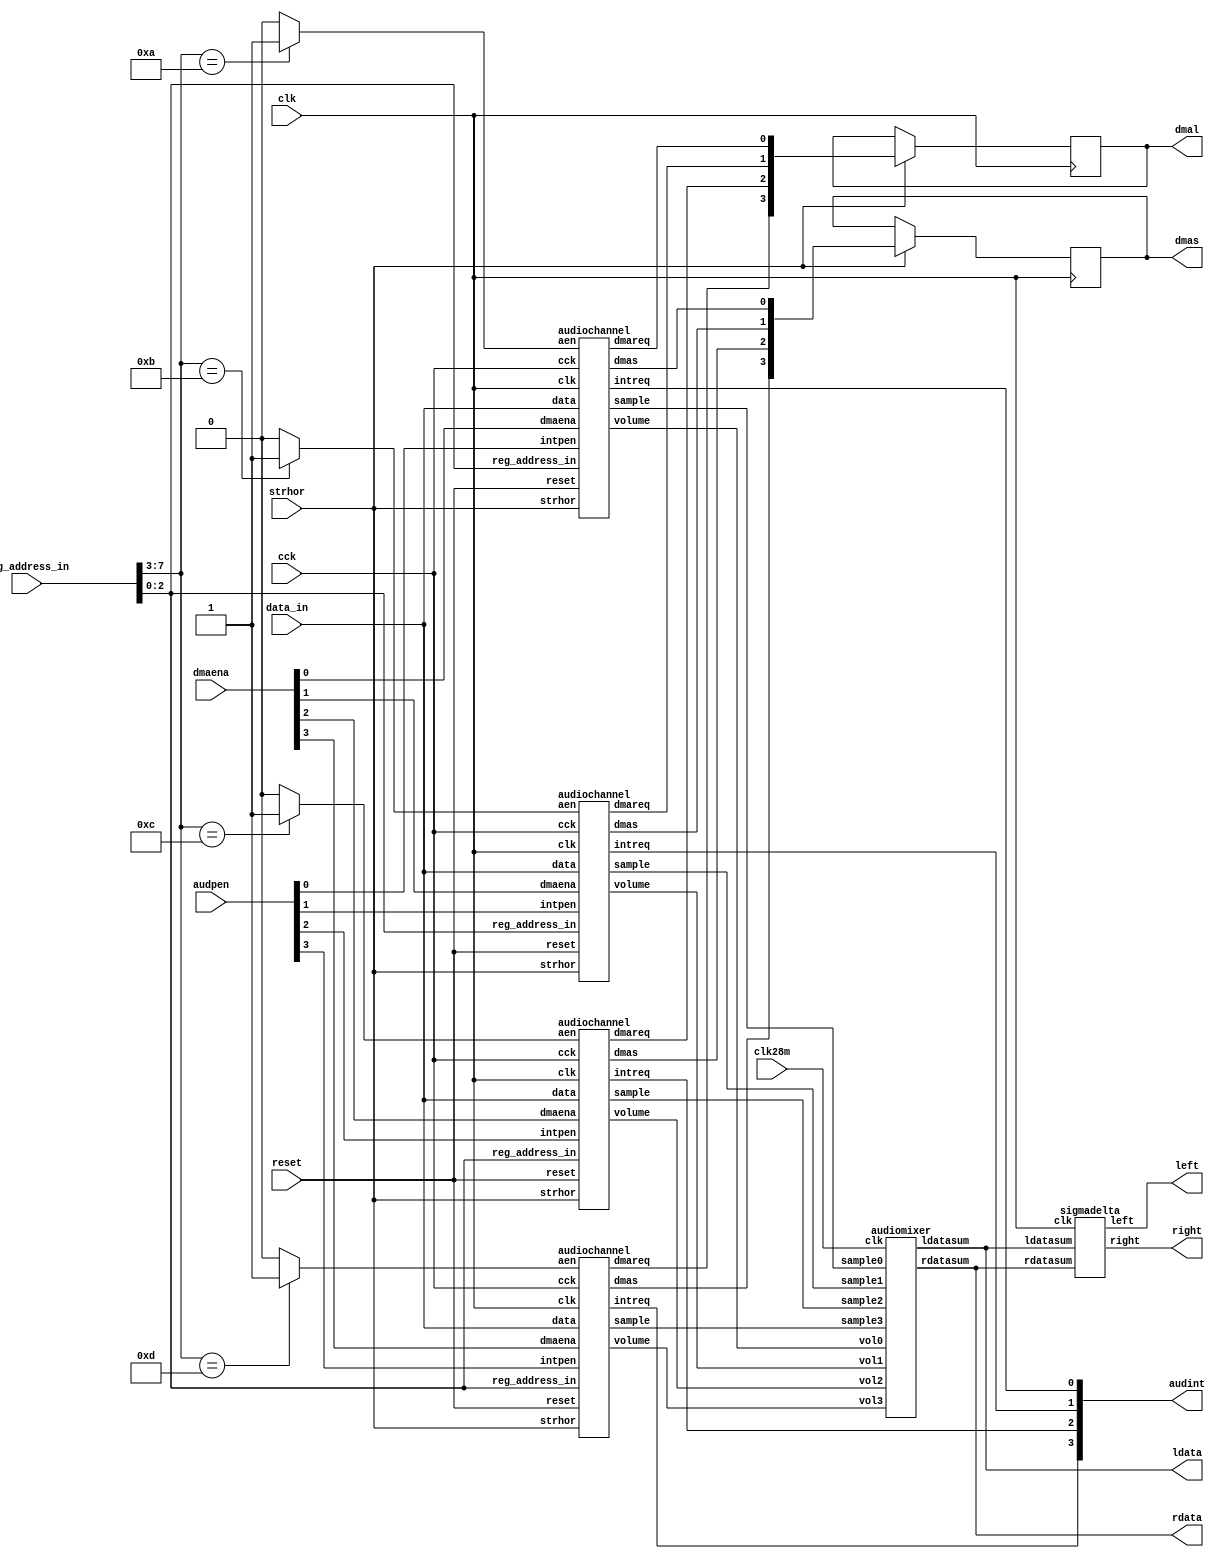
// This program was cloned from: https://github.com/rkrajnc/minimig-de1
// License: GNU General Public License v3.0

// Copyright 2006, 2007 Dennis van Weeren
//
// This file is part of Minimig
//
// Minimig is free software; you can redistribute it and/or modify
// it under the terms of the GNU General Public License as published by
// the Free Software Foundation; either version 3 of the License, or
// (at your option) any later version.
//
// Minimig is distributed in the hope that it will be useful,
// but WITHOUT ANY WARRANTY; without even the implied warranty of
// MERCHANTABILITY or FITNESS FOR A PARTICULAR PURPOSE.  See the
// GNU General Public License for more details.
//
// You should have received a copy of the GNU General Public License
// along with this program.  If not, see <http://www.gnu.org/licenses/>.
//
//
//
// This is the audio part of Paula
//
// 27-12-2005	- started coding
// 28-12-2005	- done lots of work
// 29-12-2005	- done lots of work
// 01-01-2006	- we are having OK sound in dma mode now
// 02-01-2006	- fixed last state
// 03-01-2006	- added dmas to avoid interference with copper cycles
// 04-01-2006	- experimented with DAC
// 06-01-2006	- experimented some more with DAC and decided to leave it as it is for now
// 07-01-2006	- cleaned up code
// 21-02-2006	- improved audio state machine
// 22-02-2006	- fixed dma interrupt timing, Turrican-3 theme now plays correct!
//
// -- JB --
// 2008-10-12	- code clean-up
// 2008-12-20	- changed DMA slot allocation
// 2009-03-08	- horbeam removed
//				- strhor signal added (cures problems with freezing of some games)
//				- corrupted Agony title song
// 2009-03-17	- audio FSM rewritten to comply more exactly with HRM state diagram, Agony still has problems
// 2009-03-26	- audio dma requests are latched and cleared at the start of every scan line, seemd to cure Agony problem
//				- Forgotten Worlds freezes at game intro screen due to missed audio irq
// 2009-05-24	- clean-up & renaming
// 2009-11-14 - modified audio state machine to be more cycle-exact with its real counterpart
//        - sigma-delta modulator is clocked at 28 MHz
// 2010-06-15 - updated description

// Paula requests data from Agnus using DMAL line (high active state)
// DMAL time slot allocation (relative to first refresh slot referenced as $00):
// $03,$05,$07 - all these slots are active when disk dma is inactive or write operation is in progress
// $04 - at least 3 words to read / at least 1 word  to write (transfer in $08)
// $06 - at least 2 words to read / at least 2 words to write (transfer in $0A)
// $08 - at least 1 word  to read / at least 3 words to write (transfer in $0C)
// $09 - audio channel #0 location pointer reload request (active with data request) 
// $0A - audio channle #0 dma data request (data transfered in slot $0E)
// $0B - audio channel #1 location pointer reload request (active with data request) 
// $0C - audio channle #1 dma data request (data transfered in slot $10)
// $0D - audio channel #2 location pointer reload request (active with data request) 
// $0E - audio channle #2 dma data request (data transfered in slot $12)
// $0F - audio channel #3 location pointer reload request (active with data request) 
// $10 - audio channle #3 dma data request (data transfered in slot $14)
// minimum sampling period for audio channels in CCKs (no length reload)
// #0 : 121 (120) 
// #1 : 122 (121)
// #2 : 123 (122)
// #3 : 124 (123)

// SB:
// 2011-01-18 - fixed sound output, no more high pitch noise at game Gods

// RK:
// 2012-11-11 - two-stage sigma-delta modulator added
// 2013-02-10 - two stage sigma-delta updated:
//  - used AMR's silence fix
//  - added interpolator at sigma-delta input
//  - all bits of the x3/4 input signal are used, dithering removed
//  - two LFSR PRNGs are combined and high-pass filtered for a HP triangular PDF noise
//  - random noise is applied directly in front of the quantizer, which helps randomize the output stream
//  - some noise shaping (filtering) added to the error feedback signal


module audio
(
	input 	clk,		    		//bus clock
  input clk28m,
	input 	cck,		    		//colour clock enable
	input 	reset,			   		//reset 
	input	strhor,					//horizontal strobe
	input 	[8:1] reg_address_in,	//register address input
	input	[15:0] data_in,			//bus data in
	input	[3:0] dmaena,			//audio dma register input
	output	[3:0] audint,			//audio interrupt request
	input	[3:0] audpen,			//audio interrupt pending
	output	reg [3:0] dmal,			//dma request 
	output	reg [3:0] dmas,			//dma special 
	output	left,					//audio bitstream out left
	output	right,					//audio bitstream out right
	output	[14:0]ldata,		//left DAC data
	output	[14:0]rdata 		//right DAC data
);

//register names and addresses
parameter	AUD0BASE = 9'h0a0;
parameter	AUD1BASE = 9'h0b0;
parameter	AUD2BASE = 9'h0c0;
parameter	AUD3BASE = 9'h0d0;

//local signals 
wire	[3:0] aen;			//address enable 0-3
wire	[3:0] dmareq;		//dma request 0-3
wire	[3:0] dmaspc;		//dma restart 0-3
wire	[7:0] sample0;		//channel 0 audio sample 
wire	[7:0] sample1;		//channel 1 audio sample 
wire	[7:0] sample2;		//channel 2 audio sample 
wire	[7:0] sample3;		//channel 3 audio sample 
wire	[6:0] vol0;			//channel 0 volume 
wire	[6:0] vol1;			//channel 1 volume 
wire	[6:0] vol2;			//channel 2 volume 
wire	[6:0] vol3;			//channel 3 volume 
wire  [15:0] ldatasum;
wire  [15:0] rdatasum;

//--------------------------------------------------------------------------------------

//address decoder
assign aen[0] = (reg_address_in[8:4]==AUD0BASE[8:4]) ? 1'b1 : 1'b0;
assign aen[1] = (reg_address_in[8:4]==AUD1BASE[8:4]) ? 1'b1 : 1'b0;
assign aen[2] = (reg_address_in[8:4]==AUD2BASE[8:4]) ? 1'b1 : 1'b0;
assign aen[3] = (reg_address_in[8:4]==AUD3BASE[8:4]) ? 1'b1 : 1'b0;

//--------------------------------------------------------------------------------------

//DMA slot allocation is managed by Agnus 
//#0 : 0E
//#1 : 10
//#2 : 12
//#3 : 14

always @(posedge clk)
	if (strhor)
	begin
		dmal <= (dmareq);
		dmas <= (dmaspc);
	end
		
//--------------------------------------------------------------------------------------

//instantiate audio channel 0
audiochannel ach0
(
	.clk(clk),
	.reset(reset),
	.cck(cck),
	.aen(aen[0]),
	.dmaena(dmaena[0]),
	.reg_address_in(reg_address_in[3:1]),
	.data(data_in),
	.volume(vol0),
	.sample(sample0),
	.intreq(audint[0]),
	.intpen(audpen[0]),
	.dmareq(dmareq[0]),
	.dmas(dmaspc[0]),
	.strhor(strhor)
);

//instantiate audio channel 1
audiochannel ach1
(
	.clk(clk),
	.reset(reset),
	.cck(cck),
	.aen(aen[1]),
	.dmaena(dmaena[1]),
	.reg_address_in(reg_address_in[3:1]),
	.data(data_in),
	.volume(vol1),
	.sample(sample1),
	.intreq(audint[1]),
	.intpen(audpen[1]),
	.dmareq(dmareq[1]),
	.dmas(dmaspc[1]),
	.strhor(strhor)
);

//instantiate audio channel 2
audiochannel ach2 
(	
	.clk(clk),
	.reset(reset),
	.cck(cck),
	.aen(aen[2]),
	.dmaena(dmaena[2]),
	.reg_address_in(reg_address_in[3:1]),
	.data(data_in),
	.volume(vol2),
	.sample(sample2),
	.intreq(audint[2]),
	.intpen(audpen[2]),
	.dmareq(dmareq[2]),
	.dmas(dmaspc[2]),
	.strhor(strhor)	
);

//instantiate audio channel 3
audiochannel ach3
(		
	.clk(clk),
	.reset(reset),
	.cck(cck),
	.aen(aen[3]),
	.dmaena(dmaena[3]),
	.reg_address_in(reg_address_in[3:1]),
	.data(data_in),
	.volume(vol3),
	.sample(sample3),
	.intreq(audint[3]),
	.intpen(audpen[3]),
	.dmareq(dmareq[3]),
	.dmas(dmaspc[3]),
	.strhor(strhor)
);


//--------------------------------------------------------------------------------------

// instantiate mixer
audiomixer mix (
  .clk      (clk28m),
  .sample0  (sample0),
  .sample1  (sample1),
  .sample2  (sample2),
  .sample3  (sample3),
  .vol0     (vol0),
  .vol1     (vol1),
  .vol2     (vol2),
  .vol3     (vol3),
  .ldatasum (ldata),
  .rdatasum (rdata)
);


//--------------------------------------------------------------------------------------

//instantiate sigma/delta modulator
sigmadelta dac
(
  .clk(clk),
  .ldatasum(ldata),
  .rdatasum(rdata),
  .left(left),
  .right(right)
);


//--------------------------------------------------------------------------------------

endmodule

//--------------------------------------------------------------------------------------




//--------------------------------------------------------------------------------------

// stereo volume control
// channel 1&2 --> left
// channel 0&3 --> right
module audiomixer (
	input 	clk,				//bus clock
	input	[7:0] sample0,		//sample 0 input
	input	[7:0] sample1,		//sample 1 input
	input	[7:0] sample2,		//sample 2 input
	input	[7:0] sample3,		//sample 3 input
	input	[6:0] vol0,			//volume 0 input
	input	[6:0] vol1,			//volume 1 input
	input	[6:0] vol2,			//volume 2 input
	input	[6:0] vol3,			//volume 3 input
	output reg	[14:0]ldatasum,		//left DAC data
	output reg	[14:0]rdatasum		//right DAC data
);

// volume control
wire [14-1:0] msample0, msample1, msample2, msample3;
// when volume MSB is set, volume is always maximum
svmul sv0
(
	.sample(sample0),
	.volume({	(vol0[6] | vol0[5]),
				    (vol0[6] | vol0[4]),
				    (vol0[6] | vol0[3]),
				    (vol0[6] | vol0[2]),
				    (vol0[6] | vol0[1]),
				    (vol0[6] | vol0[0]) }),
	.out(msample0)
);

svmul sv1
(
	.sample(sample1),
	.volume({	(vol1[6] | vol1[5]),
				    (vol1[6] | vol1[4]),
				    (vol1[6] | vol1[3]),
				    (vol1[6] | vol1[2]),
				    (vol1[6] | vol1[1]),
				    (vol1[6] | vol1[0]) }),
	.out(msample1)
);

svmul sv2
(
	.sample(sample2),
	.volume({	(vol2[6] | vol2[5]),
				    (vol2[6] | vol2[4]),
				    (vol2[6] | vol2[3]),
				    (vol2[6] | vol2[2]),
				    (vol2[6] | vol2[1]),
				    (vol2[6] | vol2[0]) }),
	.out(msample2)
);

svmul sv3
(
	.sample(sample3),
	.volume({	(vol3[6] | vol3[5]),
				    (vol3[6] | vol3[4]),
				    (vol3[6] | vol3[3]),
				    (vol3[6] | vol3[2]),
				    (vol3[6] | vol3[1]),
				    (vol3[6] | vol3[0]) }),
	.out(msample3)
);


// channel muxing
always @ (posedge clk) begin
  ldatasum <= #1 {msample1[13], msample1} + {msample2[13], msample2};
  rdatasum <= #1 {msample0[13], msample0} + {msample3[13], msample3};
end

endmodule


//--------------------------------------------------------------------------------------

// audio data processing
// stereo sigma/delta bitstream modulator
module sigmadelta
(
	input 	clk,				//bus clock
	input	[14:0] ldatasum,			// left channel data
	input	[14:0] rdatasum,			// right channel data
	output	reg left=0,				//left bitstream output
	output	reg right=0				//right bitsteam output
);

//--------------------------------------------------------------------------------------

// local signals
localparam DW = 15;
localparam CW = 2;
localparam RW  = 4;
localparam A1W = 2;
localparam A2W = 5;

wire [DW+2+0  -1:0] sd_l_er0, sd_r_er0;
reg  [DW+2+0  -1:0] sd_l_er0_prev=0, sd_r_er0_prev=0;
wire [DW+A1W+2-1:0] sd_l_aca1,  sd_r_aca1;
wire [DW+A2W+2-1:0] sd_l_aca2,  sd_r_aca2;
reg  [DW+A1W+2-1:0] sd_l_ac1=0, sd_r_ac1=0;
reg  [DW+A2W+2-1:0] sd_l_ac2=0, sd_r_ac2=0;
wire [DW+A2W+3-1:0] sd_l_quant, sd_r_quant;

// LPF noise LFSR
reg [24-1:0] seed1 = 24'h654321;
reg [19-1:0] seed2 = 19'h12345;
reg [24-1:0] seed_sum=0, seed_prev=0, seed_out=0;
always @ (posedge clk) begin
  if (&seed1)
    seed1 <= #1 24'h654321;
  else
    seed1 <= #1 {seed1[22:0], ~(seed1[23] ^ seed1[22] ^ seed1[21] ^ seed1[16])};
end
always @ (posedge clk) begin
  if (&seed2)
    seed2 <= #1 19'h12345;
  else
    seed2 <= #1 {seed2[17:0], ~(seed2[18] ^ seed2[17] ^ seed2[16] ^ seed2[13] ^ seed2[0])};
end
always @ (posedge clk) begin
  seed_sum  <= #1 seed1 + {5'b0, seed2};
  seed_prev <= #1 seed_sum;
  seed_out  <= #1 seed_sum - seed_prev;
end

// linear interpolate
localparam ID=4; // counter size, also 2^ID = interpolation rate
reg  [ID+0-1:0] int_cnt = 0;
always @ (posedge clk) int_cnt <= #1 int_cnt + 'd1;

reg  [DW+0-1:0] ldata_cur=0, ldata_prev=0;
reg  [DW+0-1:0] rdata_cur=0, rdata_prev=0;
wire [DW+1-1:0] ldata_step, rdata_step;
reg  [DW+ID-1:0] ldata_int=0, rdata_int=0;
wire [DW+0-1:0] ldata_int_out, rdata_int_out;
assign ldata_step = {ldata_cur[DW-1], ldata_cur} - {ldata_prev[DW-1], ldata_prev}; // signed subtract
assign rdata_step = {rdata_cur[DW-1], rdata_cur} - {rdata_prev[DW-1], rdata_prev}; // signed subtract
always @ (posedge clk) begin
  if (~|int_cnt) begin
    ldata_prev <= #1 ldata_cur;
    ldata_cur  <= #1 ldatasum; //{~ldatasum[DW-1], ldatasum[DW-2:0]}; // convert to offset binary, samples no longer signed!
    rdata_prev <= #1 rdata_cur;
    rdata_cur  <= #1 rdatasum; //{~rdatasum[DW-1], rdatasum[DW-2:0]}; // convert to offset binary, samples no longer signed!
    ldata_int  <= #1 {ldata_cur[DW-1], ldata_cur, {ID{1'b0}}};
    rdata_int  <= #1 {rdata_cur[DW-1], rdata_cur, {ID{1'b0}}};
  end else begin
    ldata_int  <= #1 ldata_int + {{ID{ldata_step[DW+1-1]}}, ldata_step};
    rdata_int  <= #1 rdata_int + {{ID{rdata_step[DW+1-1]}}, rdata_step};
  end
end
assign ldata_int_out = ldata_int[DW+ID-1:ID];
assign rdata_int_out = rdata_int[DW+ID-1:ID];

// input gain x3
wire [DW+2-1:0] ldata_gain, rdata_gain;
assign ldata_gain = {ldata_int_out[DW-1], ldata_int_out, 1'b0} + {{(2){ldata_int_out[DW-1]}}, ldata_int_out};
assign rdata_gain = {rdata_int_out[DW-1], rdata_int_out, 1'b0} + {{(2){rdata_int_out[DW-1]}}, rdata_int_out};

/*
// random dither to 15 bits
reg [DW-1:0] ldata=0, rdata=0;
always @ (posedge clk) begin
  ldata <= #1 ldata_gain[DW+2-1:2] + ( (~(&ldata_gain[DW+2-1-1:2]) && (ldata_gain[1:0] > seed_out[1:0])) ? 15'd1 : 15'd0 );
  rdata <= #1 rdata_gain[DW+2-1:2] + ( (~(&ldata_gain[DW+2-1-1:2]) && (ldata_gain[1:0] > seed_out[1:0])) ? 15'd1 : 15'd0 );
end
*/

// accumulator adders
assign sd_l_aca1 = {{(A1W){ldata_gain[DW+2-1]}}, ldata_gain} - {{(A1W){sd_l_er0[DW+2-1]}}, sd_l_er0} + sd_l_ac1;
assign sd_r_aca1 = {{(A1W){rdata_gain[DW+2-1]}}, rdata_gain} - {{(A1W){sd_r_er0[DW+2-1]}}, sd_r_er0} + sd_r_ac1;

assign sd_l_aca2 = {{(A2W-A1W){sd_l_aca1[DW+A1W+2-1]}}, sd_l_aca1} - {{(A2W){sd_l_er0[DW+2-1]}}, sd_l_er0} - {{(A2W+1){sd_l_er0_prev[DW+2-1]}}, sd_l_er0_prev[DW+2-1:1]} + sd_l_ac2;
assign sd_r_aca2 = {{(A2W-A1W){sd_r_aca1[DW+A1W+2-1]}}, sd_r_aca1} - {{(A2W){sd_r_er0[DW+2-1]}}, sd_r_er0} - {{(A2W+1){sd_r_er0_prev[DW+2-1]}}, sd_r_er0_prev[DW+2-1:1]} + sd_r_ac2;

// accumulators
always @ (posedge clk) begin
  sd_l_ac1 <= #1 sd_l_aca1;
  sd_r_ac1 <= #1 sd_r_aca1;
  sd_l_ac2 <= #1 sd_l_aca2;
  sd_r_ac2 <= #1 sd_r_aca2;
end

// value for quantizaton
assign sd_l_quant = {sd_l_ac2[DW+A2W+2-1], sd_l_ac2} + {{(DW+A2W+3-RW){seed_out[RW-1]}}, seed_out[RW-1:0]};
assign sd_r_quant = {sd_r_ac2[DW+A2W+2-1], sd_r_ac2} + {{(DW+A2W+3-RW){seed_out[RW-1]}}, seed_out[RW-1:0]};

// error feedback
assign sd_l_er0 = sd_l_quant[DW+A2W+3-1] ? {1'b1, {(DW+2-1){1'b0}}} : {1'b0, {(DW+2-1){1'b1}}};
assign sd_r_er0 = sd_r_quant[DW+A2W+3-1] ? {1'b1, {(DW+2-1){1'b0}}} : {1'b0, {(DW+2-1){1'b1}}};
always @ (posedge clk) begin
  sd_l_er0_prev <= #1 (&sd_l_er0) ? sd_l_er0 : sd_l_er0+1;
  sd_r_er0_prev <= #1 (&sd_r_er0) ? sd_r_er0 : sd_r_er0+1;
end

// output
always @ (posedge clk) begin
  left  <= #1 (~|ldata_gain) ? ~left  : ~sd_l_er0[DW+2-1];
  right <= #1 (~|rdata_gain) ? ~right : ~sd_r_er0[DW+2-1];
end

endmodule


//--------------------------------------------------------------------------------------
//--------------------------------------------------------------------------------------
//--------------------------------------------------------------------------------------

//this module multiplies a signed 8 bit sample with an unsigned 6 bit volume setting
//it produces a 14bit signed result
module svmul
(
	input 	[7:0] sample,		//signed sample input
	input	[5:0] volume,		//unsigned volume input
	output	[13:0] out			//signed product out
);

wire	[13:0] sesample;   		//sign extended sample
wire	[13:0] sevolume;		//sign extended volume

//sign extend input parameters
assign 	sesample[13:0] = {{6{sample[7]}},sample[7:0]};
assign	sevolume[13:0] = {8'b00000000,volume[5:0]};

//multiply, synthesizer should infer multiplier here
assign out[13:0] = {sesample[13:0] * sevolume[13:0]};

endmodule

//--------------------------------------------------------------------------------------
//--------------------------------------------------------------------------------------
//--------------------------------------------------------------------------------------

//This module handles a single amiga audio channel. attached modes are not supported
module audiochannel
(
	input 	clk,					//bus clock	
	input 	reset,		    		//reset
	input	cck,					//colour clock enable
	input	aen,					//address enable
	input	dmaena,					//dma enable
	input	[3:1] reg_address_in,		//register address input
	input 	[15:0] data, 			//bus data input
	output	[6:0] volume,			//channel volume output
	output	[7:0] sample,			//channel sample output
	output	intreq,					//interrupt request
	input	intpen,					//interrupt pending input
	output	reg dmareq,				//dma request
	output	reg dmas,				//dma special (restart)
	input	strhor					//horizontal strobe
);

//register names and addresses
parameter	AUDLEN = 4'h4;
parameter	AUDPER = 4'h6;
parameter	AUDVOL = 4'h8;
parameter	AUDDAT = 4'ha;

//local signals
reg		[15:0] audlen;			//audio length register
reg		[15:0] audper;			//audio period register
reg		[6:0] audvol;			//audio volume register
reg		[15:0] auddat;			//audio data register

reg		[15:0] datbuf;			//audio data buffer
reg		[2:0] audio_state;		//audio current state
reg		[2:0] audio_next;	 	//audio next state

wire	datwrite;				//data register is written
reg		volcntrld;				//not used

reg		pbufld1;				//load output sample from sample buffer

reg		[15:0] percnt;			//audio period counter
reg		percount;				//decrease period counter
reg		percntrld;				//reload period counter
wire	perfin;					//period counter expired

reg		[15:0] lencnt;			//audio length counter
reg		lencount;				//decrease length counter
reg		lencntrld;				//reload length counter
wire	lenfin;					//length counter expired

reg 	AUDxDAT;				//audio data buffer was written
wire	AUDxON;					//audio DMA channel is enabled
reg		AUDxDR;					//audio DMA request
reg		AUDxIR;					//audio interrupt request
wire	AUDxIP;					//audio interrupt is pending

reg		intreq2_set;
reg		intreq2_clr;
reg		intreq2;				//buffered interrupt request

reg		dmasen;					//pointer register reloading request
reg		penhi;					//enable high byte of sample buffer

reg silence;  // AMR: disable audio if repeat length is 1
reg silence_d;  // AMR: disable audio if repeat length is 1
reg dmaena_d;

//--------------------------------------------------------------------------------------
 
//length register bus write
always @(posedge clk)
	if (reset)
		audlen[15:0] <= 16'h00_00;
	else if (aen && (reg_address_in[3:1]==AUDLEN[3:1]))
		audlen[15:0] <= data[15:0];

//period register bus write
always @(posedge clk)
	if (reset)
		audper[15:0] <= 16'h00_00;
	else if (aen && (reg_address_in[3:1]==AUDPER[3:1]))
		audper[15:0] <= data[15:0];

//volume register bus write
always @(posedge clk)
	if (reset)
		audvol[6:0] <= 7'b000_0000;
	else if (aen && (reg_address_in[3:1]==AUDVOL[3:1]))
		audvol[6:0] <= data[6:0];

//data register strobe
assign datwrite = (aen && (reg_address_in[3:1]==AUDDAT[3:1])) ? 1'b1 : 1'b0;

//data register bus write
always @(posedge clk)
	if (reset)
		auddat[15:0] <= 16'h00_00;
	else if (datwrite)
		auddat[15:0] <= data[15:0];

always @(posedge clk)
	if (datwrite)
		AUDxDAT <= 1'b1;
	else if (cck)
		AUDxDAT <= 1'b0;
	
//--------------------------------------------------------------------------------------

assign	AUDxON = dmaena;	//dma enable

assign	AUDxIP = intpen;	//audio interrupt pending

assign intreq = AUDxIR;		//audio interrupt request
	
//--------------------------------------------------------------------------------------

//period counter 
always @(posedge clk)
	if (percntrld && cck)//load period counter from audio period register
		percnt[15:0] <= audper[15:0];
	else if (percount && cck)//period counter count down
		percnt[15:0] <= percnt[15:0] - 16'd1;
		
assign perfin = (percnt[15:0]==1 && cck) ? 1'b1 : 1'b0;

//length counter 
always @(posedge clk)
  begin
    if (lencntrld && cck)//load length counter from audio length register
    begin
      lencnt[15:0] <= (audlen[15:0]);
      silence<=1'b0;
      if(audlen==1 || audlen==0)
        silence<=1'b1;
    end
    else if (lencount && cck)//length counter count down
      lencnt[15:0] <= (lencnt[15:0] - 1);

    // Silence fix
    dmaena_d<=dmaena;
    if(dmaena_d==1'b1 && dmaena==1'b0)
    begin
      silence_d<=1'b1; // Prevent next write from unsilencing the channel.
      silence<=1'b1;
    end
    if(AUDxDAT && cck)  // Unsilence the channel if the CPU writes to AUDxDAT
      if(silence_d)
        silence_d<=1'b0;
      else
        silence<=1'b0;
      
  end
	
assign lenfin = (lencnt[15:0]==1 && cck) ? 1'b1 : 1'b0;

//--------------------------------------------------------------------------------------

//audio buffer
always @(posedge clk)
	if (reset)
		datbuf[15:0] <= 16'h00_00;
	else if (pbufld1 && cck)
		datbuf[15:0] <= auddat[15:0];

//assign sample[7:0] = penhi ? datbuf[15:8] : datbuf[7:0];
assign sample[7:0] = silence ? 8'b0 : (penhi ? datbuf[15:8] : datbuf[7:0]);

//volume output
assign volume[6:0] = audvol[6:0];

//--------------------------------------------------------------------------------------

//dma request logic
always @(posedge clk)
begin
	if (reset)
	begin
		dmareq <= 1'b0;
		dmas <= 1'b0;
	end
	else if (AUDxDR && cck)
	begin
		dmareq <= 1'b1;
		dmas <= dmasen | lenfin;
	end
	else if (strhor) //dma request are cleared when transfered to Agnus
	begin
		dmareq <= 1'b0;
		dmas <= 1'b0;
	end
end

//buffered interrupt request
always @(posedge clk)
	if (cck)
		if (intreq2_set)
			intreq2 <= 1'b1;
		else if (intreq2_clr)
			intreq2 <= 1'b0;
	
//audio states
parameter AUDIO_STATE_0 = 3'b000;
parameter AUDIO_STATE_1 = 3'b001;
parameter AUDIO_STATE_2 = 3'b011;
parameter AUDIO_STATE_3 = 3'b010;
parameter AUDIO_STATE_4 = 3'b110;

//audio channel state machine
always @(posedge clk)
begin
	if (reset)
		audio_state <= AUDIO_STATE_0;
	else if (cck)
		audio_state <= audio_next;
end

//transition function
always @(audio_state or AUDxON or AUDxDAT or AUDxIP or lenfin or perfin or intreq2)
begin
	case (audio_state)
	
		AUDIO_STATE_0: //audio FSM idle state
		begin
			intreq2_clr = 1'b1;
			intreq2_set = 1'b0;
			lencount = 1'b0;
			penhi = 1'b0;
			percount = 1'b0;
			percntrld = 1'b1;
						
			if (AUDxON) //start of DMA driven audio playback
			begin
				audio_next = AUDIO_STATE_1;
				AUDxDR = 1'b1;
				AUDxIR = 1'b0;
				dmasen = 1'b1;
				lencntrld = 1'b1;
				pbufld1 = 1'b0;
				volcntrld = 1'b0;	
			end
			else if (AUDxDAT && !AUDxON && !AUDxIP)	//CPU driven audio playback
			begin
				audio_next = AUDIO_STATE_3;
				AUDxDR = 1'b0;				
				AUDxIR = 1'b1;
				dmasen = 1'b0;
				lencntrld = 1'b0;
				pbufld1 = 1'b1;
				volcntrld = 1'b1;
			end
			else
			begin
				audio_next = AUDIO_STATE_0;
				AUDxDR = 1'b0;				
				AUDxIR = 1'b0;
				dmasen = 1'b0;
				lencntrld = 1'b0;
				pbufld1 = 1'b0;
				volcntrld = 1'b0;	
			end
		end

		AUDIO_STATE_1: //audio DMA has been enabled
		begin
			dmasen = 1'b0;
			intreq2_clr = 1'b1;
			intreq2_set = 1'b0;
			lencntrld = 1'b0;
			penhi = 1'b0;
			percount = 1'b0;
			
			if (AUDxON && AUDxDAT) //requested data has arrived
			begin
				audio_next = AUDIO_STATE_2;
				AUDxDR = 1'b1;
				AUDxIR = 1'b1;
				lencount = ~lenfin;
        pbufld1 = 1'b0;  //first data received, discard it since first data access is used to reload pointer   
        percntrld = 1'b0;        
        volcntrld = 1'b0;
      end
      else if (!AUDxON) //audio DMA has been switched off so go to IDLE state
      begin
        audio_next = AUDIO_STATE_0;
        AUDxDR = 1'b0;
        AUDxIR = 1'b0;
        lencount = 1'b0;
        pbufld1 = 1'b0;
        percntrld = 1'b0; 
        volcntrld = 1'b0;
      end
      else
      begin
        audio_next = AUDIO_STATE_1;
        AUDxDR = 1'b0;
        AUDxIR = 1'b0;
        lencount = 1'b0;
        pbufld1 = 1'b0;        
        percntrld = 1'b0;
        volcntrld = 1'b0;
      end
    end

    AUDIO_STATE_2: //audio DMA has been enabled
    begin
      dmasen = 1'b0;
      intreq2_clr = 1'b1;
      intreq2_set = 1'b0;
      lencntrld = 1'b0;
      penhi = 1'b0;
      percount = 1'b0;
      
      if (AUDxON && AUDxDAT) //requested data has arrived
      begin
        audio_next = AUDIO_STATE_3;
        AUDxDR = 1'b1;
        AUDxIR = 1'b0;
        lencount = ~lenfin;
				pbufld1 = 1'b1;	//new data has been just received so put it in the output buffer		
				percntrld = 1'b1; 				
				volcntrld = 1'b1;
			end
			else if (!AUDxON) //audio DMA has been switched off so go to IDLE state
			begin
				audio_next = AUDIO_STATE_0;
				AUDxDR = 1'b0;
				AUDxIR = 1'b0;
				lencount = 1'b0;
				pbufld1 = 1'b0;
				percntrld = 1'b0; 
				volcntrld = 1'b0;
			end
			else
			begin
				audio_next = AUDIO_STATE_2;
				AUDxDR = 1'b0;
				AUDxIR = 1'b0;
				lencount = 1'b0;
				pbufld1 = 1'b0;				
				percntrld = 1'b0;
				volcntrld = 1'b0;
			end
		end

		AUDIO_STATE_3: //first sample is being output
		begin
			AUDxDR = 1'b0;
			AUDxIR = 1'b0;
			dmasen = 1'b0;
			intreq2_clr = 1'b0;
			intreq2_set = lenfin & AUDxON & AUDxDAT;
			lencount = ~lenfin & AUDxON & AUDxDAT;
			lencntrld = lenfin & AUDxON & AUDxDAT;
			pbufld1 = 1'b0;
			penhi = 1'b1;
			volcntrld = 1'b0;
		
			if (perfin) //if period counter expired output other sample from buffer
			begin
				audio_next = AUDIO_STATE_4;
				percount = 1'b0;
				percntrld = 1'b1;
			end
			else
			begin
				audio_next = AUDIO_STATE_3;
				percount = 1'b1;
				percntrld = 1'b0;
			end
		end

		AUDIO_STATE_4: //second sample is being output
		begin
			dmasen = 1'b0;
			intreq2_set = lenfin & AUDxON & AUDxDAT;
			lencount = ~lenfin & AUDxON & AUDxDAT;
			lencntrld = lenfin & AUDxON & AUDxDAT;
			penhi = 1'b0;
			volcntrld = 1'b0;
			
			if (perfin && (AUDxON || !AUDxIP)) //period counter expired and audio DMA active
			begin
				audio_next = AUDIO_STATE_3;
				AUDxDR = AUDxON;
				AUDxIR = (intreq2 & AUDxON) | ~AUDxON;
				intreq2_clr = intreq2;
				pbufld1 = 1'b1;
				percount = 1'b0;
				percntrld = 1'b1;
			end
			else if (perfin && !AUDxON && AUDxIP) //period counter expired and audio DMA inactive
			begin
				audio_next = AUDIO_STATE_0;
				AUDxDR = 1'b0;
				AUDxIR = 1'b0;
				intreq2_clr = 1'b0;
				pbufld1 = 1'b0;
				percount = 1'b0;
				percntrld = 1'b0;
			end
			else
			begin
				audio_next = AUDIO_STATE_4;
				AUDxDR = 1'b0;
				AUDxIR = 1'b0;
				intreq2_clr = 1'b0;
				pbufld1 = 1'b0;
				percount = 1'b1;
				percntrld = 1'b0;
			end
		end
		
		default:
		begin
			audio_next = AUDIO_STATE_0;
			AUDxDR = 1'b0;
			AUDxIR = 1'b0;
			dmasen = 1'b0;
			intreq2_clr = 1'b0;
			intreq2_set = 1'b0;
			lencntrld = 1'b0;
			lencount = 1'b0;
			pbufld1 = 1'b0;
			penhi = 1'b0;
			percount = 1'b0;
			percntrld = 1'b0;
			volcntrld = 1'b0;	
		end		
		
	endcase
end


//--------------------------------------------------------------------------------------

endmodule